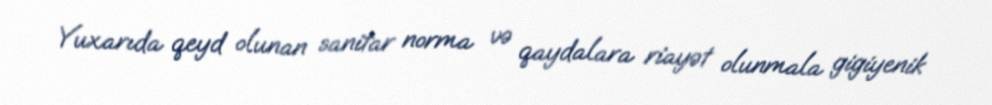
Yuxarıda qeyd olunan sanitar norma və qaydalara riayət olunmala gigiyenik